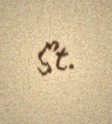
St.